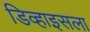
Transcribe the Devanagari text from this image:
डिव्हाइसला